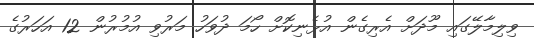
ވިލިމާލޭގައި މޫދަށް އެރިގެން އުޅެނިކޮށް ހޯމަ ދުވަހު މަރުވި އުމުރުން 12 އަހަރުގެ